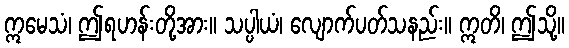
ဣမေသံ၊ ဤရဟန်းတို့အား။ သပ္ပါယံ၊ လျောက်ပတ်သနည်း။ ဣတိ၊ ဤသို့။